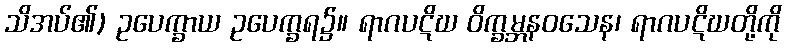
သိအပ်၏) ဥပေက္ခာယ ဥပေက္ခရ၌။ ရာဂပဋိဃ ဝိက္ခမ္ဘနဝသေန၊ ရာဂပဋိဃတို့ကို